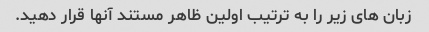
زبان های زیر را به ترتیب اولین ظاهر مستند آنها قرار دهید.